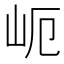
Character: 𱛉